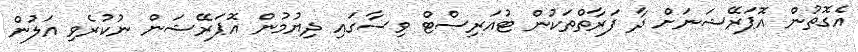
އެގޮތުން އޮޕަރޭޝަނަށް ދާ ފަރާތްތަކުން ޓުއަރިސްޓް ވިސާގައި ދިޔުމުން އޮޕަރޭޝަން ނުކުރެވި އަލުން